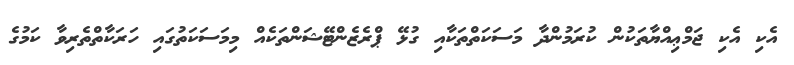
އެކި އެކި ޖަމްޢިއްޔާތަކުން ކުރަމުންދާ މަސަކަތްތަކާއި ގުޅޭ ޕްރެޒެންޓޭޝަންތަކެއް މިމަސަކަތުގައި ހަރަކާތްތެރިވާ ކަމުގެ